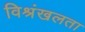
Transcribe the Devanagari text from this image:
विश्रंखलता